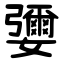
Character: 㜷